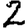
Digit: 2